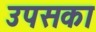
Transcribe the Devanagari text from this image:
उपसका